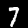
Digit: 7